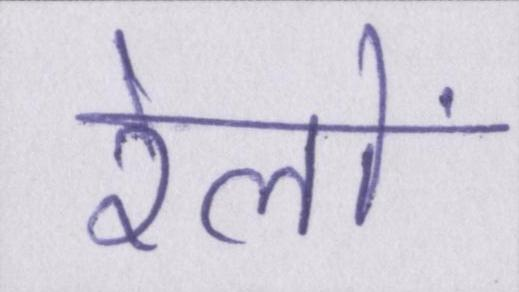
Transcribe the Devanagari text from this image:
रेलों